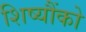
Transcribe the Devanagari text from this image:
शिष्यौंको